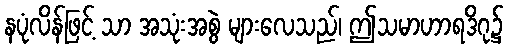
နပုံလိန်ဖြင့် သာ အသုံးအစွဲ များလေသည်၊ ဤသမာဟာရဒိဂု၌